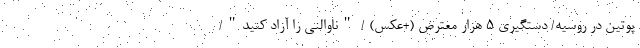
پوتین در روسیه/ دستگیری 5 هزار معترض (+عکس) / "ناوالنی را آزاد کنید"/